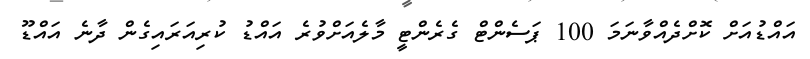
އައްޑުއަށް ކޮށްދެއްވާނަމަ 100 ޕަސެންޓް ގެރެންޓީ މާލެއަށްވުރެ އައްޑު ކުރިއަރައިގެން ދާނެ އައްޑޫ